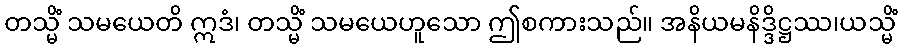
တသ္မိံ သမယေတိ ဣဒံ၊ တသ္မိံ သမယေဟူသော ဤစကားသည်။ အနိယမနိဒ္ဒိဋ္ဌဿ၊ယသ္မိံ